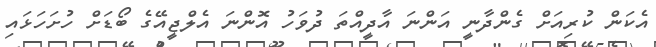
އެކަން ކުރިއަށް ގެންދާނީ އަންނަ އާދީއްތަ ދުވަހު އޮންނަ އެލްޖީއޭގެ ބޯޑަށް ހުށަހަޅައި